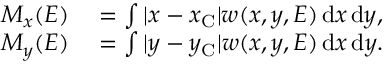
\begin{array} { r l } { M _ { x } ( E ) } & { { } = \int | x - x _ { \mathrm { C } } | w ( x , y , E ) \, \mathrm { d } x \, \mathrm { d } y , } \\ { M _ { y } ( E ) } & { { } = \int | y - y _ { \mathrm { C } } | w ( x , y , E ) \, \mathrm { d } x \, \mathrm { d } y . } \end{array}